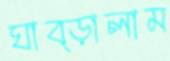
ঘাব্‌ড়ালাম